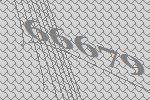
66679